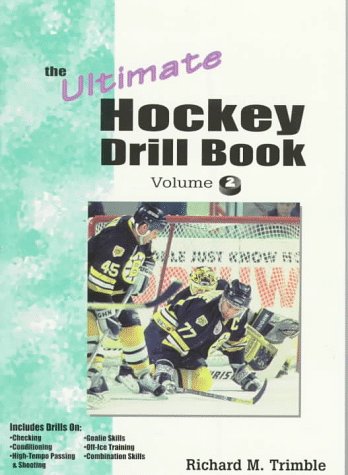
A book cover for The Ultimate Hockey Drill Book: Advanced Skills; Richard M. Trimble; Sports & Outdoors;